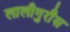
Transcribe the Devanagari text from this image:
लालीगुराँस